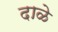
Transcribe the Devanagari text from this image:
दाळे